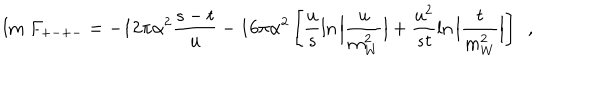
LaTeX: \mathrm { I m ~ } F _ { + - + - } = - 1 2 \pi \alpha ^ { 2 } \frac { s - t } { u } - 1 6 \pi \alpha ^ { 2 } \left[ \frac { u } { s } \ln \Big | \frac { u } { m _ { W } ^ { 2 } } \Big | + \frac { u ^ { 2 } } { s t } \ln \Big | \frac { t } { m _ { W } ^ { 2 } } \Big | \right] \, \, \, ,